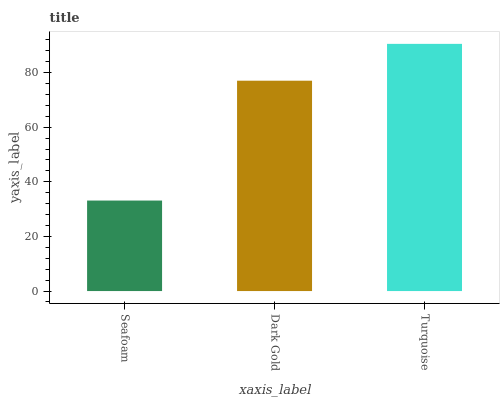
| xaxis_label | bars |
 | --- | --- |
 | Seafoam | 33.1 |
 | Dark Gold | 77 |
 | Turquoise | 90.5 |